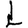
Digit: 1